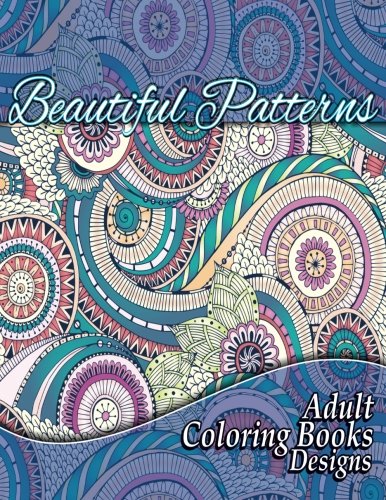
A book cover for Beautiful Patterns Adult Coloring Books Designs (Sacred Mandala Designs and Patterns Coloring Books for Adults) (Volume 16); Lilt Kids Coloring Books; Arts & Photography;